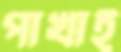
পাখাই